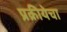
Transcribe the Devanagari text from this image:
प्रक्रीयेचा